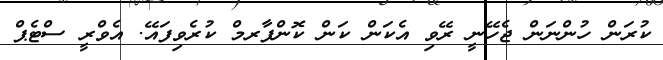
ކުރަން ހުންނަން ޖެހޭނީ ރޭވި އެކަން ކަން ކޮންފާރމް ކުރެވިފައޭ. އެވްރީ ސްޓެޕް